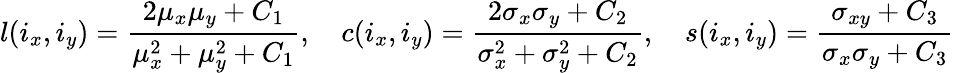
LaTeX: l(i_{x},i_{y})=\frac{2\mu_{x}\mu_{y}+C_{1}}{\mu_{x}^{2}+\mu_{y}^{2}+C_{1}},\quad c(i_{x},i_{y})=\frac{2\sigma_{x}\sigma_{y}+C_{2}}{\sigma_{x}^{2}+\sigma_{y}^{2}+C_{2}},\quad s(i_{x},i_{y})=\frac{\sigma_{xy}+C_{3}}{\sigma_{x}\sigma_{y}+C_{3}}